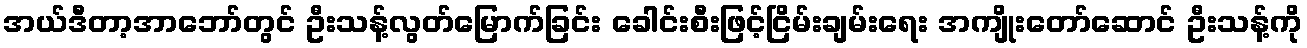
အယ်ဒီတာ့အာဘော်တွင် ဦးသန့်လွတ်မြောက်ခြင်း ခေါင်းစီးဖြင့်ငြိမ်းချမ်းရေး အကျိုးတော်ဆောင် ဦးသန့်ကို